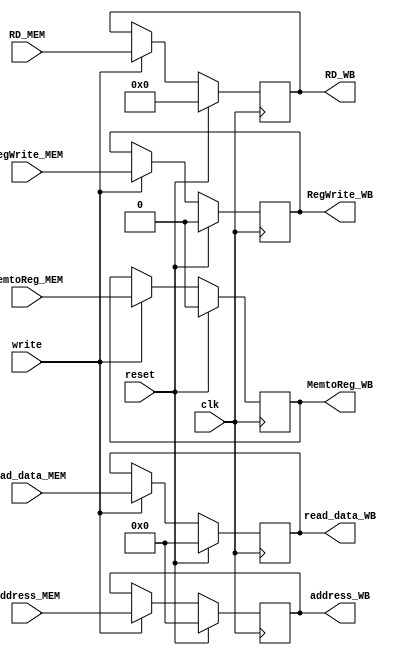
`timescale 1ns / 1ps

module MEM_WB(input clk,
              input reset,
              input write,
              
              input [31:0] read_data_MEM,
              input [31:0] address_MEM,
              input [4:0] RD_MEM,
              input RegWrite_MEM,
              input MemtoReg_MEM,
             
              output reg [31:0] read_data_WB,
              output reg [31:0] address_WB,
              output reg [4:0] RD_WB,
              output reg RegWrite_WB,
              output reg MemtoReg_WB);
    
     always@(posedge clk) begin
        if (reset) begin 
         read_data_WB <= 0;
         address_WB <= 0;
         RD_WB <= 0;
         RegWrite_WB <= 0;
         MemtoReg_WB <= 0;
        end 
        else begin 
           if (write)
           begin 
             read_data_WB <= read_data_MEM;
             address_WB <= address_MEM;
             RD_WB <= RD_MEM;
             RegWrite_WB <= RegWrite_MEM;
             MemtoReg_WB <= MemtoReg_MEM;
           end
        end 
     end         
endmodule